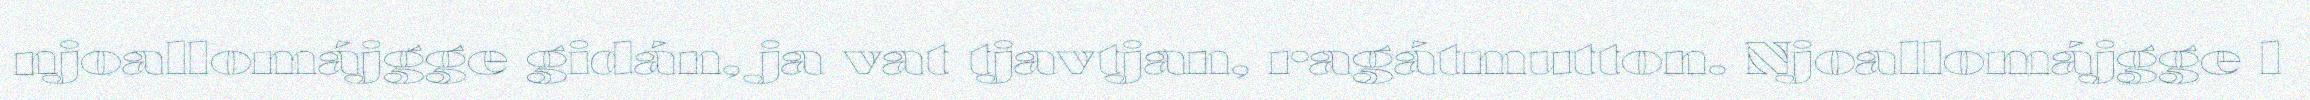
njoallomájgge gidán, ja vat tjavtjan, ragátmutton. Njoallomájgge l